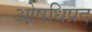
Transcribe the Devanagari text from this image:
ओषधिप्रद